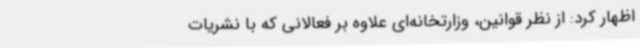
اظهار کرد: از نظر قوانین، وزارتخانه‌ای علاوه بر فعالانی که با نشریات